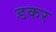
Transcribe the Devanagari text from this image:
डकर